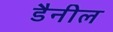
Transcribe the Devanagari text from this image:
डैनील